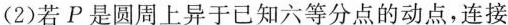
（2）若P是圆周上异于已知六等分点的动点，连接